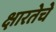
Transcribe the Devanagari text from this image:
क्षारतेचे